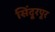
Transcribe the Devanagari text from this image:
सिंदूरपूर